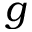
g